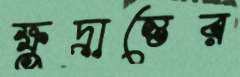
ক্ষুদ্রান্তের